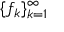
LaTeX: \{ f _ { k } \} _ { k = 1 } ^ { \infty }